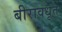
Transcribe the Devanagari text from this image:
बीरावधूत